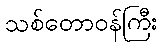
သစ်တောဝန်ကြီး